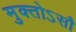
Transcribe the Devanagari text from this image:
मुक्तोऽसौ